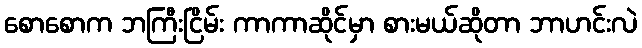
စောစောက ဘကြီးငြိမ်း ကာကာဆိုင်မှာ စားမယ်ဆိုတာ ဘာဟင်းလဲ